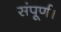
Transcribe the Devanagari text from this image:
संपूर्ण।